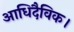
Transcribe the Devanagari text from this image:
आधिदैविक।